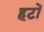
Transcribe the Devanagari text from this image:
हटों